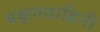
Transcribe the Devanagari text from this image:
यकृतवाहिनी